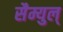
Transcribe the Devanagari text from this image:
सैम्युल्